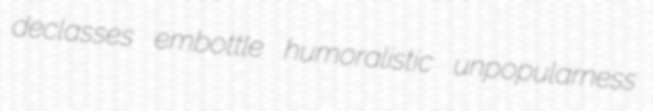
declasses embottle humoralistic unpopularness